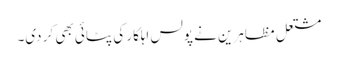
مشتعل مظاہرین نے پولس اہلکار کی پٹائی بھی کر دی۔